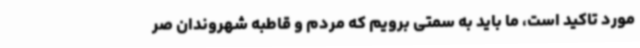
مورد تاکید است، ما باید به سمتی برویم که مردم و قاطبه شهروندان صر